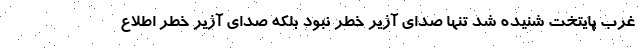
غرب پایتخت شنیده شد تنها صدای آژیر خطر نبود بلکه صدای آژیر خطر اطلاع